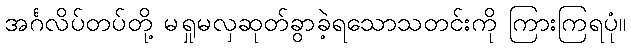
အင်္ဂလိပ်တပ်တို့ မရှုမလှဆုတ်ခွာခဲ့ရသောသတင်းကို ကြားကြရပုံ။